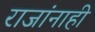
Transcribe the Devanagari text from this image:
राजांनाही